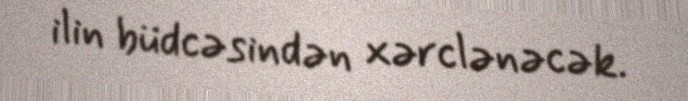
ilin büdcəsindən xərclənəcək.